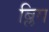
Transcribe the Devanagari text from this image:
ब्लिग